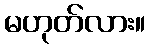
မဟုတ်လား။